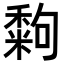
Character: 𥢀